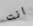
انت